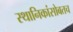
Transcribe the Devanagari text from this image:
स्थानिकांसोबतच